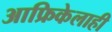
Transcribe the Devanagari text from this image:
आफ्रिकेलाही